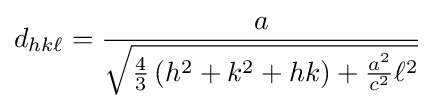
d_{hk\ell }={\frac {a}{\sqrt {{\tfrac {4}{3}}\left(h^{2}+k^{2}+hk\right)+{\tfrac {a^{2}}{c^{2}}}\ell ^{2}}}}